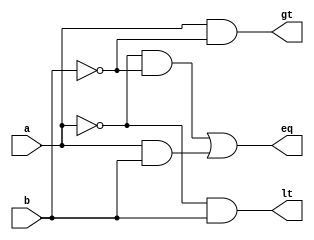
module comparator1(a, b, eq, lt, gt);
    
  input a, b;
    
  output eq, lt, gt;
    
    
  assign eq = ~a & ~b | a & b;    // 00, 11
   
  assign lt = ~a & b;             // 01
    
  assign gt = a & ~b;             // 10

endmodule